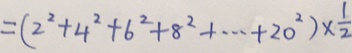
= ( 2 ^ { 2 } + 4 ^ { 2 } + 6 ^ { 2 } + 8 ^ { 2 } + \cdots + 2 0 ^ { 2 } ) \times \frac { 1 } { 2 }